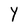
Character: Y